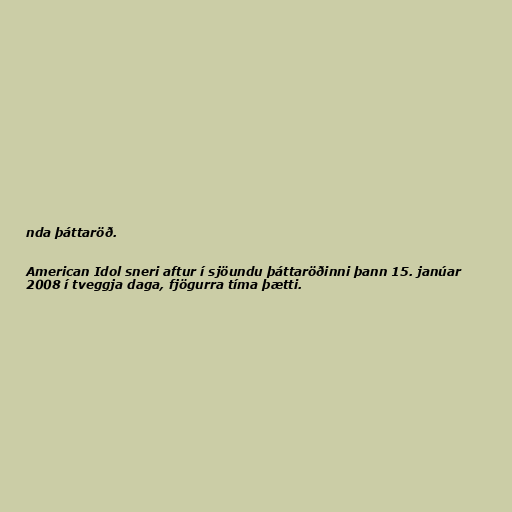
nda þáttaröð.

American Idol sneri aftur í sjöundu þáttaröðinni þann 15. janúar
2008 í tveggja daga, fjögurra tíma þætti.